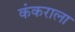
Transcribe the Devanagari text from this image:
कंकराला